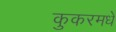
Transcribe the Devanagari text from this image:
कुकरमधे